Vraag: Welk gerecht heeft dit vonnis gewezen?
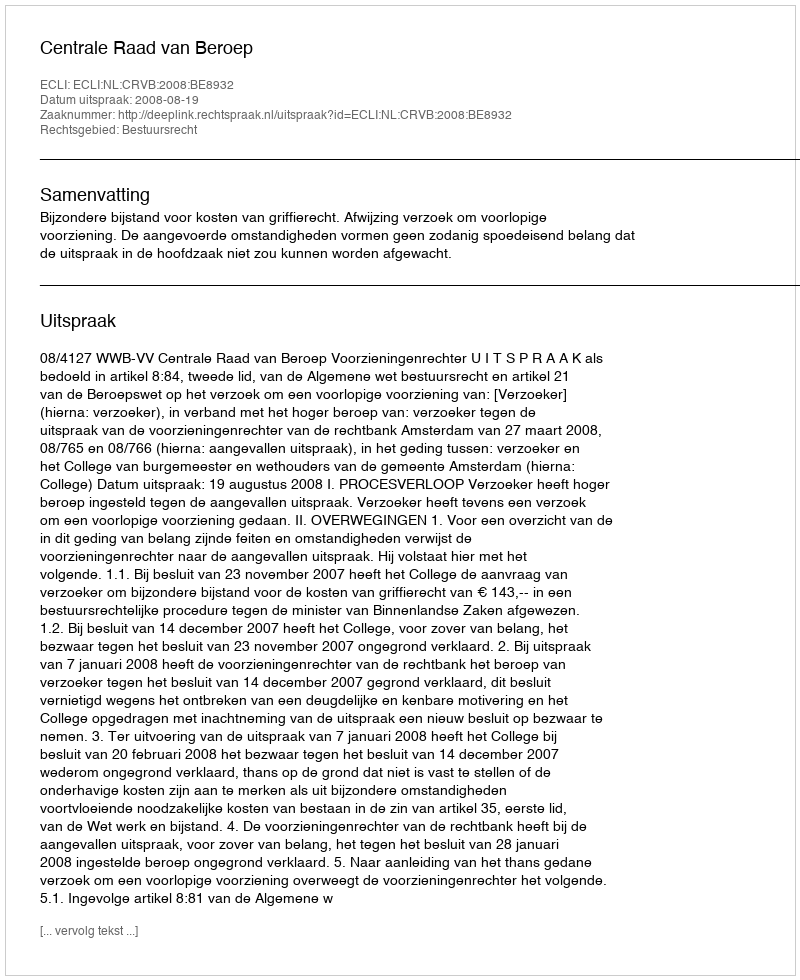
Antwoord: Centrale Raad van Beroep